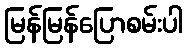
မြန်မြန်ပြောစမ်းပါ